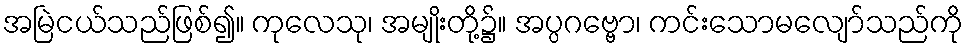
အမြဲငယ်သည်ဖြစ်၍။ ကုလေသု၊ အမျိုးတို့၌။ အပ္ပဂဗ္ဗော၊ ကင်းသောမလျော်သည်ကို